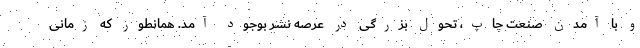
و با آمدن صنعت چاپ، تحول بزرگی در عرصه نشر بوجود آمد. همانطور که زمانی